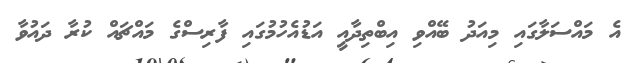
އެ މައްސަލާގައި މިއަދު ބޭއްވި އިބްތިދާއީ އަޑުއެހުމުގައި ފާރިސްގެ މައްޗައް ކުރާ ދައުވާ